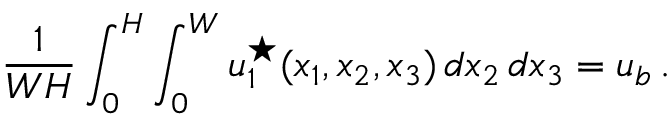
\displaystyle \frac { 1 } { W H } \int _ { 0 } ^ { H } \int _ { 0 } ^ { W } u _ { 1 } ^ { \star } ( x _ { 1 } , x _ { 2 } , x _ { 3 } ) \, d x _ { 2 } \, d x _ { 3 } = u _ { b } \, .